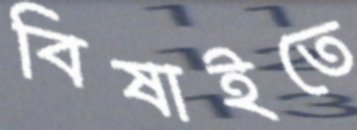
বিষাইতে